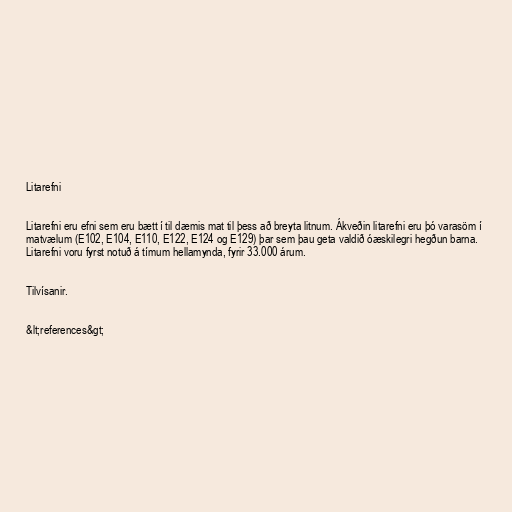
Litarefni

Litarefni eru efni sem eru bætt í til dæmis mat til þess að breyta litnum. Ákveðin litarefni eru þó varasöm í
matvælum (E102, E104, E110, E122, E124 og E129) þar sem þau geta valdið óæskilegri hegðun barna.
Litarefni voru fyrst notuð á tímum hellamynda, fyrir 33.000 árum.

Tilvísanir.

&lt;references&gt;